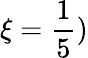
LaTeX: \xi=\frac{1}{5})